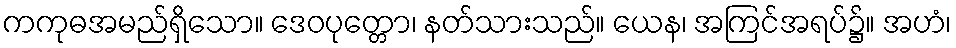
ကကုဓအမည်ရှိသော။ ဒေဝပုတ္တော၊ နတ်သားသည်။ ယေန၊ အကြင်အရပ်၌။ အဟံ၊